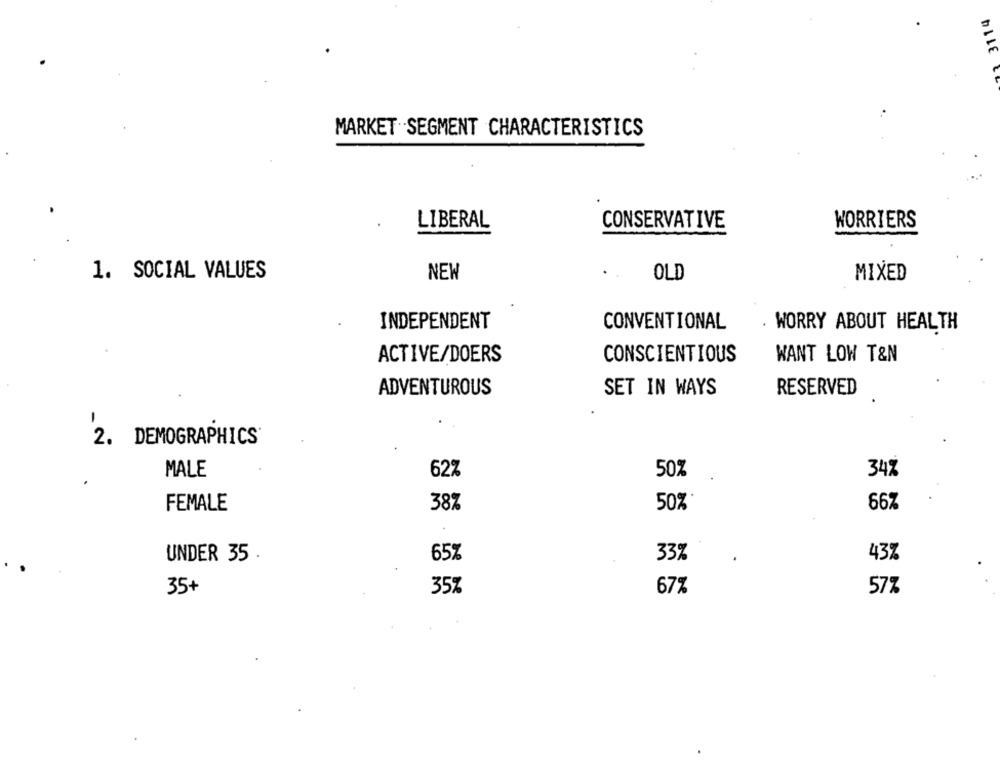
3114
MARKET SEGMENT CHARACTERISTICS
LIBERAL
CONSERVATIVE
WORRIERS
1. SOCIAL VALUES
OLD
NEW
MIXED
INDEPENDENT
CONVENTIONAL
WORRY ABOUT HEALTH
ACTIVE/DOERS
CONSCIENTIOUS
WANT LOW T&N
ADVENTUROUS
SET IN WAYS
RESERVED
2 . DEMOGRAPHICS
MALE
62%
50%
34%
FEMALE
38%
50%
66%
65%
33%
43%
UNDER 35 .
35+
35%
67%
57%